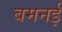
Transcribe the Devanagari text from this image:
बमनई